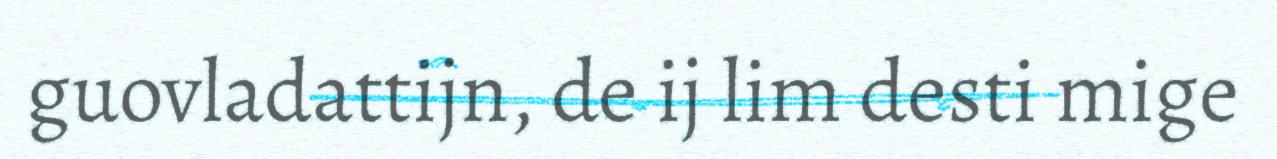
guovladattijn, de ij lim desti mige